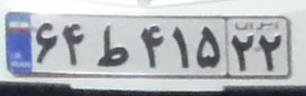
۶۴ط۴۱۵۲۲